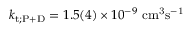
k _ { \mathrm { t ; P + D } } = 1 . 5 ( 4 ) \times 1 0 ^ { - 9 } ~ \mathrm { c m ^ { 3 } s ^ { - 1 } }